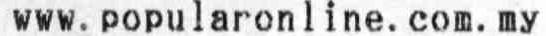
WWW.POPULARONLINE.COM.MY